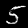
Label: 5